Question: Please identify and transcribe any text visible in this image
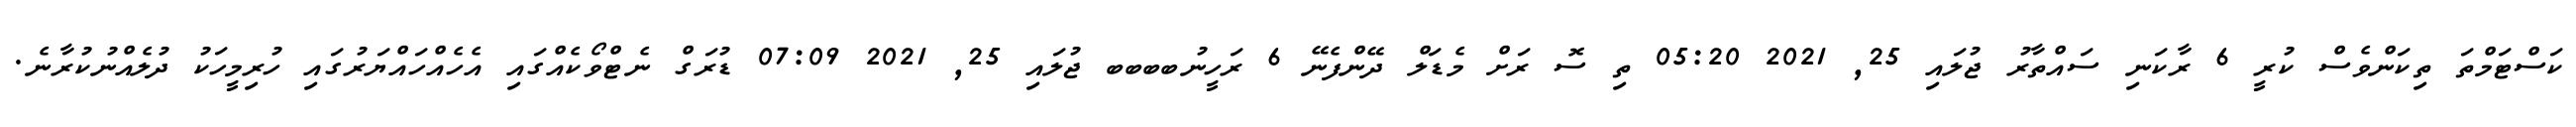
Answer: ކަސްޓަމްތަ ތިކަންވެސް ކުރީ 6 ރާކަނި ސައްތާރު ޖުލައި 25, 2021 05:20 ތި ސޮ ރަށް މެޑަލް ދޭންފެނޭ 6 ރަހީނުބބބބ ޖުލައި 25, 2021 07:09 ޑުރަގް ނެޓްވޯކެއްގައި އެހެއްހައްޔަރުގައި ހުރިމީހަކު ދުލެއްނުކުރާނެ.